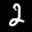
Label: 2